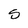
Character: 5